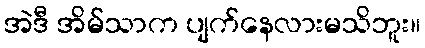
အဲဒီ အိမ်သာက ပျက်နေလားမသိဘူး။